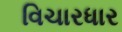
વિચારધાર